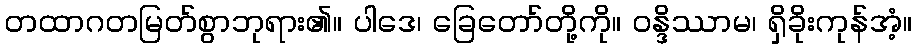
တထာဂတမြတ်စွာဘုရား၏။ ပါဒေ၊ ခြေတော်တို့ကို။ ဝန္ဒိဿာမ၊ ရှိခိုးကုန်အံ့။